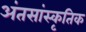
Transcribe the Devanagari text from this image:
अंतसांस्कृतिक